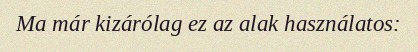
Ma már kizárólag ez az alak használatos: